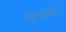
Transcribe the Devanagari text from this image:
लहुजींचे